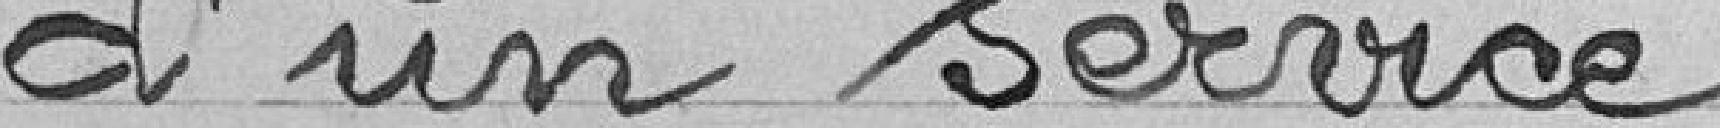
d'un service